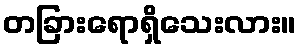
တခြားရောရှိသေးလား။